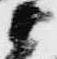
衛